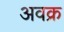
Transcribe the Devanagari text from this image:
अवक्र